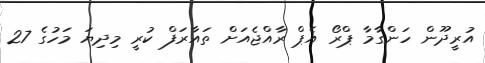
އުރީދޫން ހަންގާމާ ޕްރޯ އެޕް ރާއްޖެއަށް ތައާރަފް ކުރީ މިދިޔަ މަހުގެ 27